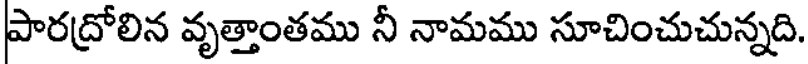
పారద్రోలిన వృత్తాంతము నీ నామము సూచించుచున్నది.